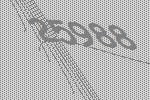
25988